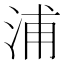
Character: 浦